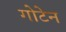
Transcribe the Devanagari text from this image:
गोटेन